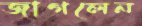
জাগলেন